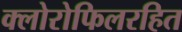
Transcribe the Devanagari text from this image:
क्लोरोफिलरहित